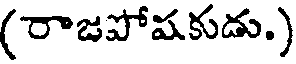
(రాజపోషకుడు.)